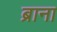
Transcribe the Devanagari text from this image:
ब्राना